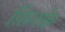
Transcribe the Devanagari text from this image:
फ़िरक़े